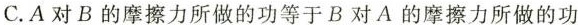
C.A对B的摩擦力所做的功等于B对A的摩擦力所做的功